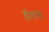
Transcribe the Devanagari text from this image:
डीडस्